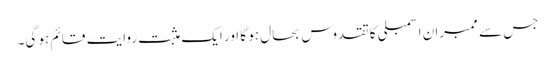
جس سے ممبران اسمبلی کا تقدوس بحال ہو گا اور ایک مثبت روایت قائم ہو گی۔